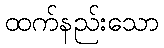
ထက်နည်းသော